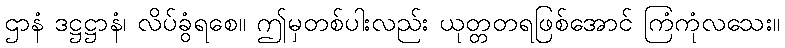
ဌာနံ ဒဋ္ဌဋ္ဌာနံ၊ လိပ်ခွံရစေ။ ဤမှတစ်ပါးလည်း ယုတ္တတရဖြစ်အောင် ကြံကုံလသေး။